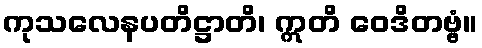
ကုသလေနပတိဋ္ဌာတိ၊ ဣတိ ဝေဒိတဗ္ဗံ။